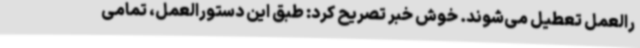
رالعمل تعطیل می‌شوند. خوش خبر تصریح کرد: طبق این دستورالعمل، تمامی